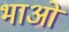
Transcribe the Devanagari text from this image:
भाओ